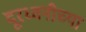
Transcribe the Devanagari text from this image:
दूरध्वनीच्या